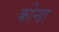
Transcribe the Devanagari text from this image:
कोन्डा